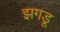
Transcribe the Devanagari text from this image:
झगडू